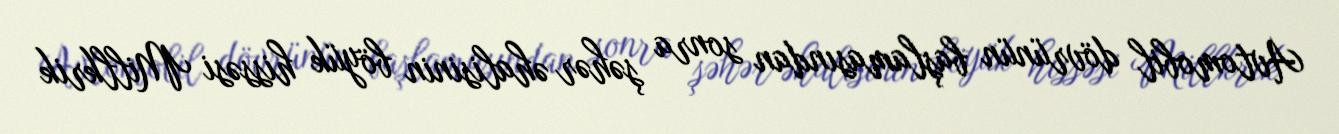
Avtomobil dövrünün başlamasından sonra şəhər əhalisinin böyük hissəsi Millkrik